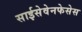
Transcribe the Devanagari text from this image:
साईसेवेनफेसेस